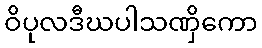
ဝိပုလဒီဃပါသဏှိကော